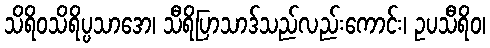
သိရိဝသိရိပ္ပသာဒော၊ သီရိပြာသာဒ်သည်လည်းကောင်း၊ ဥပသီရိဝ၊